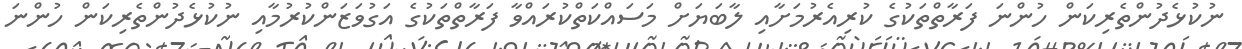
ނުކުޅެދުންތެރިކަން ހުންނަ ފަރާތްތަކުގެ ކުރިއެރުމަށާއި ލާބަޔަށް މަސައްކަތްކުރައްވާ ފަރާތްތަކުގެ އަގުވަޒަންކުރުމާއި ނުކުޅެދުންތެރިކަން ހުންނަ